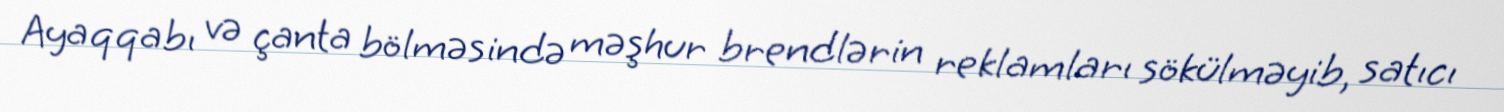
Ayaqqabı və çanta bölməsində məşhur brendlərin reklamları sökülməyib, satıcı